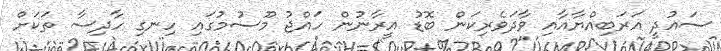
ސައުދީ އަރަބިއްޔާއާއި ވާދަވެރިކަން ބޮޑު އީރާނުން ހައްޖު މޫސުމުގައި ހިނގި ހާދިސާ ތަކަށް